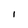
Character: 1